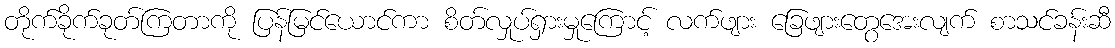
တိုက်ခိုက်ခုတ်ကြတာကို ပြန်မြင်ယောင်ကာ စိတ်လှုပ်ရှားမှုကြောင့် လက်ဖျား ခြေဖျားတွေအေးလျက် စာသင်ခန်းဆီ